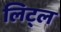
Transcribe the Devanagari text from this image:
लिट्‌ल